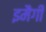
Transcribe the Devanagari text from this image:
इमैगी